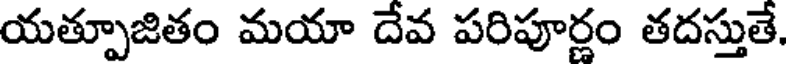
యత్పూజితం మయా దేవ పరిపూర్ణం తదస్తుతే.